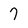
Character: 7